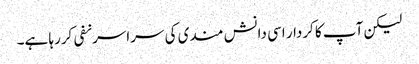
لیکن آپ کا کردار اسی دانش مندی کی سراسرنفی کررہا ہے۔